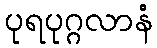
ပုရပုဂ္ဂလာနံ